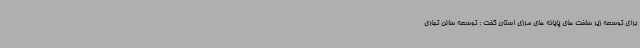
برای توسعه زیر ساخت های پایانه های مرزی استان گفت : توسعه سالن تجاری